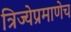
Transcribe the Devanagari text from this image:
त्रिज्येप्रमाणेच